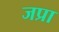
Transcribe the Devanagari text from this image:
जप्रा